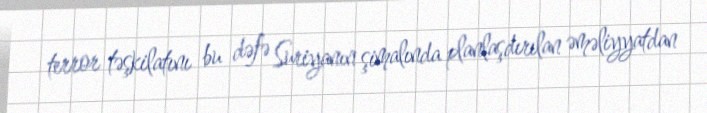
terror təşkilatını bu dəfə Suriyanın şimalında planlaşdırılan əməliyyatdan